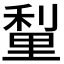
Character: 𮡗